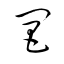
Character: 閶